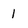
Character: l